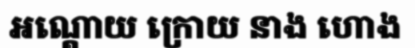
អណ្តោយ ក្រោយ នាង ហោង